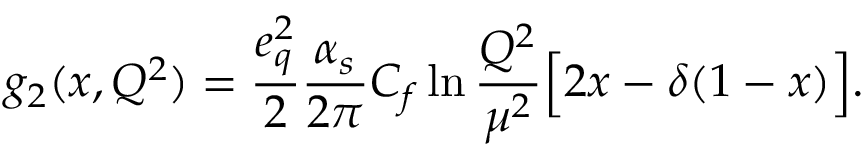
g _ { 2 } ( x , Q ^ { 2 } ) = { \frac { e _ { q } ^ { 2 } } { 2 } } { \frac { \alpha _ { s } } { 2 \pi } } C _ { f } \ln { \frac { Q ^ { 2 } } { \mu ^ { 2 } } } \Big [ 2 x - \delta ( 1 - x ) \Big ] .